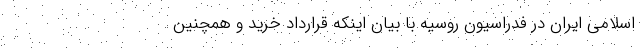
اسلامی ایران در فدراسیون روسیه با بیان اینکه قرارداد خرید و همچنین